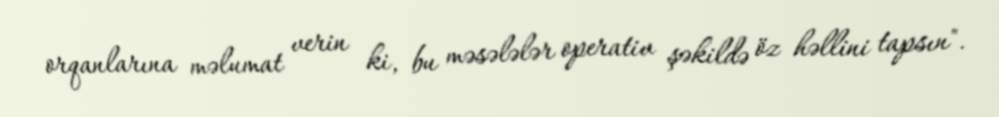
orqanlarına məlumat verin ki, bu məsələlər operativ şəkildə öz həllini tapsın".